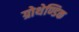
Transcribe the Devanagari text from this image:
ग्रोथेण्डिक